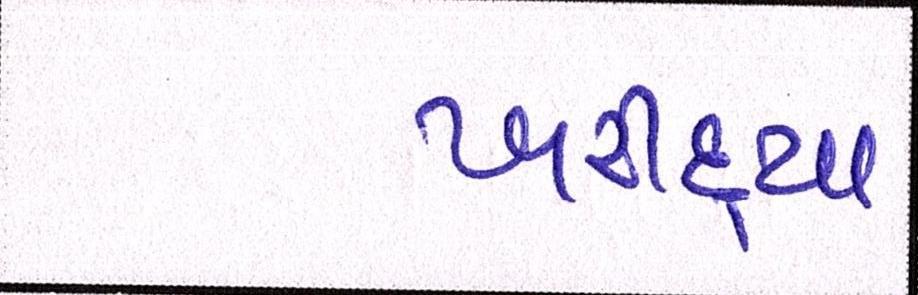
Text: ખરીદ્યા